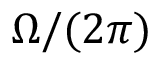
\Omega / ( 2 \pi )